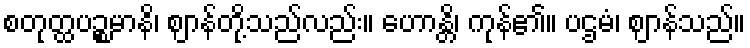
စတုတ္ထပဉ္စမာနိ၊ ဈာန်တို့သည်လည်း။ ဟောန္တိ၊ ကုန်၏။ ပဌမံ၊ ဈာန်သည်။